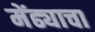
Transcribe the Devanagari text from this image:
मेंढ्याचा